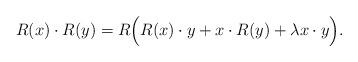
LaTeX: \begin{align*}R(x)\cdot R(y) = R\Big(R(x)\cdot y + x \cdot R(y) +\lambda x\cdot y\Big).\end{align*}